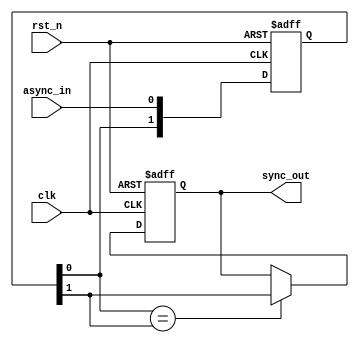
module async_to_sync_converter(
    input wire clk,            // Synchronous clock input
    input wire rst_n,         // Active low reset
    input wire async_in,      // Asynchronous input signal
    output reg sync_out       // Synchronized output signal
);

// Internal signals
reg [1:0] sync_ff;          // Two flip-flops for synchronization
reg stable;                 // Signal to indicate stable state

// Synchronization logic
always @(posedge clk or negedge rst_n) begin
    if (!rst_n) begin
        sync_ff <= 2'b00;    // Reset the flip-flops
    end else begin
        sync_ff <= {sync_ff[0], async_in}; // Shift the asynchronous input
    end
end

// Stability detection logic
always @(posedge clk or negedge rst_n) begin
    if (!rst_n) begin
        stable <= 1'b0;       // Reset stable signal
        sync_out <= 1'b0;     // Reset output signal
    end else begin
        // Check if the output of the flip-flops is stable
        if (sync_ff[0] == sync_ff[1]) begin
            stable <= 1'b1;    // Signal is stable
            sync_out <= sync_ff[1]; // Update output with stable signal
        end else begin
            stable <= 1'b0;    // Signal is not stable
        end
    end
end

endmodule